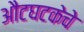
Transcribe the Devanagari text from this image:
औटघटकेचे